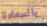
بالسعادة